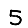
Digit: 5